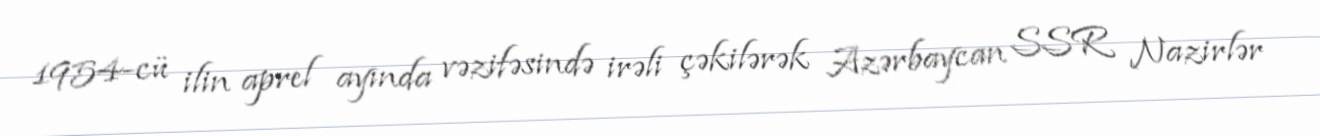
1954-cü ilin aprel ayında vəzifəsində irəli çəkilərək Azərbaycan SSR Nazirlər